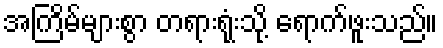
အကြိမ်များစွာ တရားရုံးသို့ ရောက်ဖူးသည်။